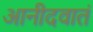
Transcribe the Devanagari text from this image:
आनीदवातं